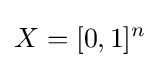
X=[0,1]^{n}